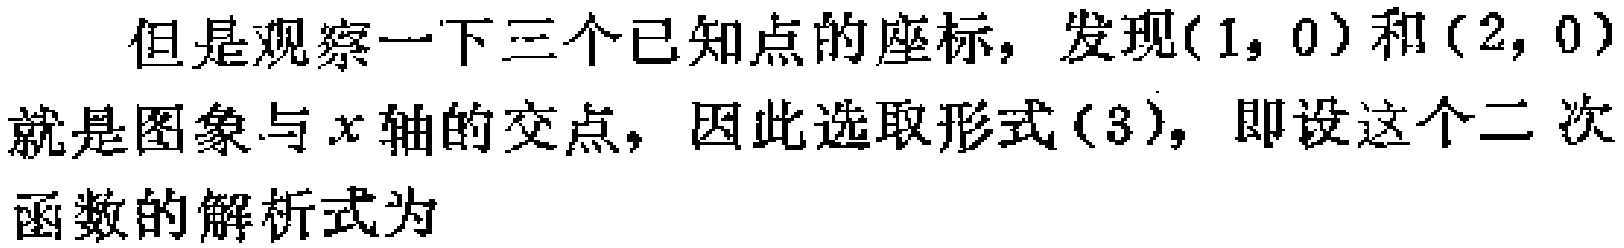
但是观察一下三个已知点的座标，发现$(1,0)$和$(2,0)$就是图象与$x$轴的交点，因此选取形式(3)，即设这个二次函数的解析式为